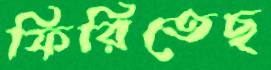
ফিরিতেছ